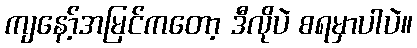
ကျနော့်အမြင်ကတော့ ဒီလိုပဲ စရမှာပါပဲ။